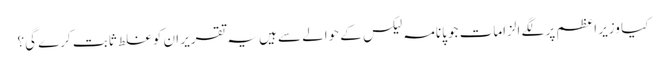
کیا وزیر اعظم پر لگے الزامات جو پانامہ لیکس کے حوالے سے ہیں یہ تقریر ان کو غلط ثابت کرے گی؟